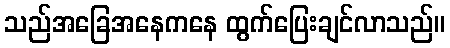
သည်အခြေအနေကနေ ထွက်ပြေးချင်လာသည်။